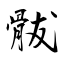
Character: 䯋